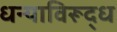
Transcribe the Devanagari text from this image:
धन्याविरूद्ध